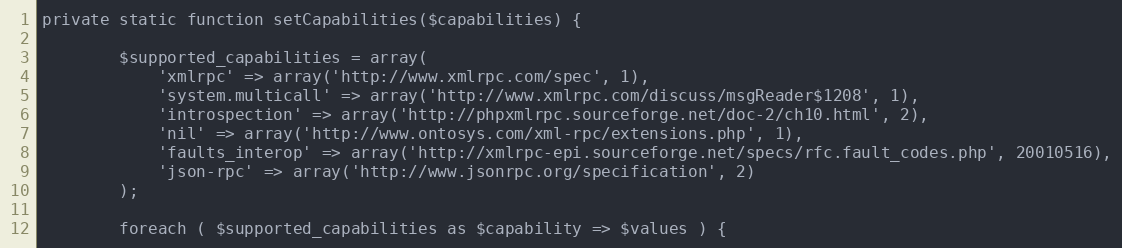
Language: PHP
private static function setCapabilities($capabilities) {

        $supported_capabilities = array(
            'xmlrpc' => array('http://www.xmlrpc.com/spec', 1),
            'system.multicall' => array('http://www.xmlrpc.com/discuss/msgReader$1208', 1),
            'introspection' => array('http://phpxmlrpc.sourceforge.net/doc-2/ch10.html', 2),
            'nil' => array('http://www.ontosys.com/xml-rpc/extensions.php', 1),
            'faults_interop' => array('http://xmlrpc-epi.sourceforge.net/specs/rfc.fault_codes.php', 20010516),
            'json-rpc' => array('http://www.jsonrpc.org/specification', 2)
        );

        foreach ( $supported_capabilities as $capability => $values ) {